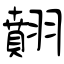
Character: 翸